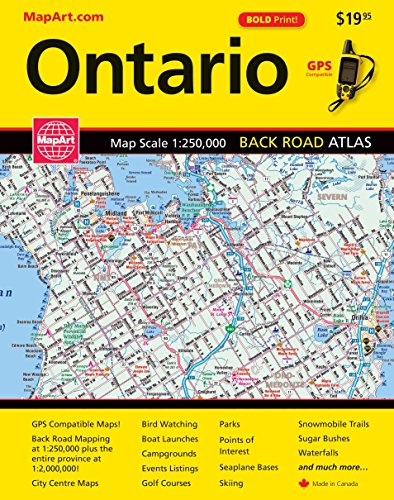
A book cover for Ontario Back  Road Atlas; MapArt Publishing; Travel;